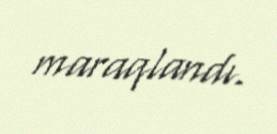
maraqlandı.